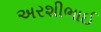
અરશીભાઈ